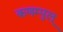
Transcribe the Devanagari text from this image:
कणम्पुल्